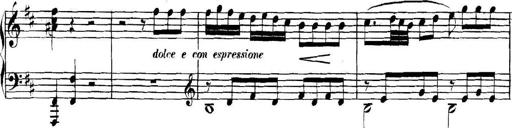
Title: Collected Piano Sonatas
Composer: Muzio Clementi